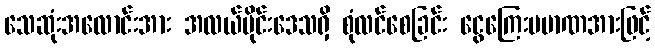
သေဆုံးအလောင်းအား အလယ်ပိုင်းဒေသရှိ စုံလင်စေခြင်း ငွေကြေးပမာဏအားဖြင့်